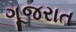
ગૂજરાત